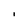
Character: I